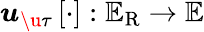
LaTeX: \boldsymbol{u}_{\u{\tau}}\left[\cdot\right]:\mathbb{E}_{\mathrm{R}}\rightarrow\mathbb{E}